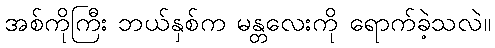
အစ်ကိုကြီး ဘယ်နှစ်က မန္တလေးကို ရောက်ခဲ့သလဲ။